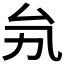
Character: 𠫜